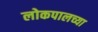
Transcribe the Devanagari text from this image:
लोकपालच्या